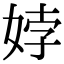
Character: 㛘